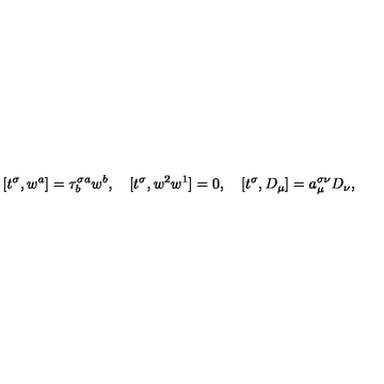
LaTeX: [ t ^ { \sigma } , w ^ { a } ] = \tau _ { b } ^ { \sigma a } w ^ { b } , \quad [ t ^ { \sigma } , w ^ { 2 } w ^ { 1 } ] = 0 , \quad [ t ^ { \sigma } , D _ { \mu } ] = a _ { \mu } ^ { \sigma \nu } D _ { \nu } ,